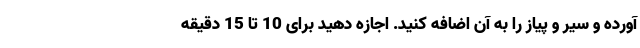
آورده و سیر و پیاز را به آن اضافه کنید. اجازه دهید برای 10 تا 15 دقیقه